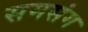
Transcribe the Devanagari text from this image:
समसंग